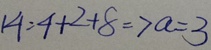
1 4 : 4 + 2 + 8 \Rightarrow a = 3